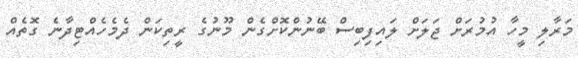
މަރާލި މީހާ އުމުރަށް ޖަލަށް ލައިފިބިސް ބޭނުންކޮށްގެން މޫނުގެ ރީތިކަން ދެމެހެއްޓިދާނެ ގޮތެއް